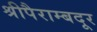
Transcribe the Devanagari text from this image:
श्रीपैराम्बदूर